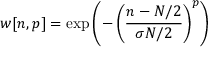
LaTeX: w [ n , p ] = \exp \left( - \left( { \frac { n - N / 2 } { \sigma N / 2 } } \right) ^ { p } \right)